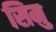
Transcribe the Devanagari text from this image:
सिमु